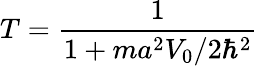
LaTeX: T={\frac{1}{1+ma^{2}V_{0}/2\hbar^{2}}}